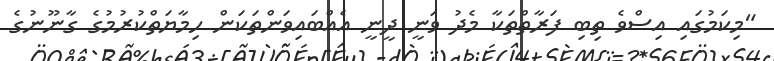
"މިކަމުގައި އިސްވެ ތިބި ފަރާތްތަކާ މެދު ވަނީ ދީނީ އެއްބައިވަންތަކަން ހިމާޔަތްކުރުމުގެ ގާނޫނުގެ